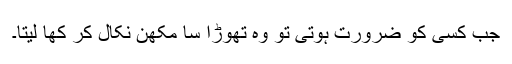
جب کسی کو ضرورت ہوتی تو وہ تھوڑا سا مکھّن نکال کر کھا لیتا۔